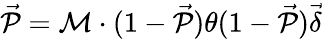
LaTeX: \vec{{\cal P}}={\cal M}\cdot(1-\vec{{\cal P}})\theta(1-\vec{{\cal P}})\vec{\delta}